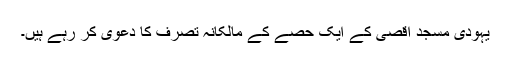
یہودی مسجدِ اقصیٰ کے ایک حصّے کے مالکانہ تصرّف کا دعوٰی کر رہے ہیں۔